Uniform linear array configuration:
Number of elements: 64
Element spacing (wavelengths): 0.25
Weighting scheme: exponential
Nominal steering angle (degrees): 60
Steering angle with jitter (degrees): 59.411
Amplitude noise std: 0.05
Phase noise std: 0.05

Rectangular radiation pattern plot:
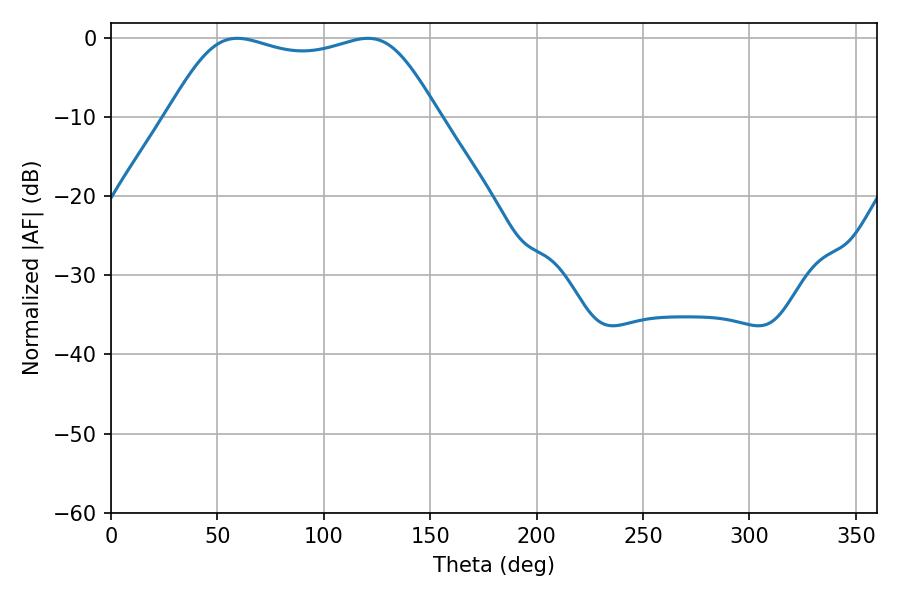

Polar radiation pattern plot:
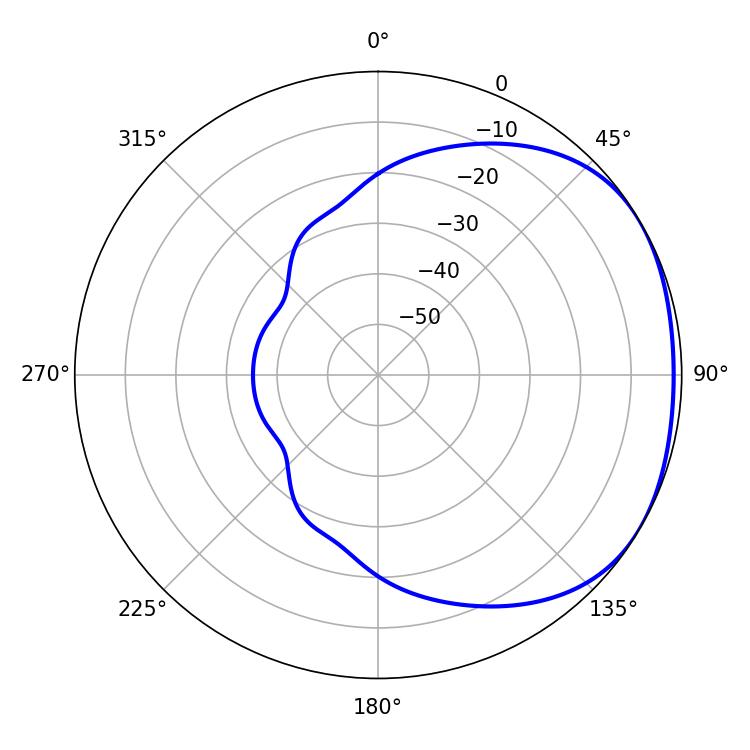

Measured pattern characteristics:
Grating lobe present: FALSE
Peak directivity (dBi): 1.749
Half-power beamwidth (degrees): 97.56
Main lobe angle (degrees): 59.22